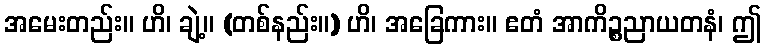
အမေးတည်း။ ဟိ၊ ချဲ့။ (တစ်နည်း။) ဟိ၊ အခြေကား။ ဧတံ အာကိဉ္စညာယတနံ၊ ဤ